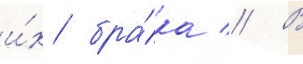
и́х бра́ка // В